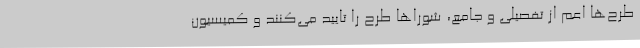
طرح‌ها اعم از تفصیلی و جامع، شوراها طرح را تایید می‌کنند و کمیسیون